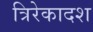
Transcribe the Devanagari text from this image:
त्रिरेकादश